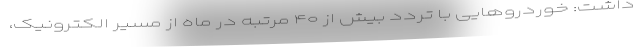
داشت: خوردروهایی با تردد بیش از ۴۰ مرتبه در ماه از مسیر الکترونیک،